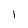
Character: i